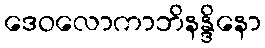
ဒေဝလောကာဘိနန္ဒိနော